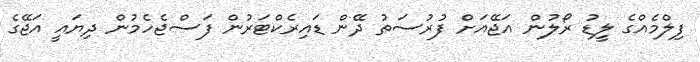
ފިލްމެއްގެ ލީޑު ރޯލުން އަޖޭއަށް ފުރުސަތު ދޭން ޑައިރެކްޓަރުން ފަސްޖެހެމުން ދިޔައީ އަޖޭގެ